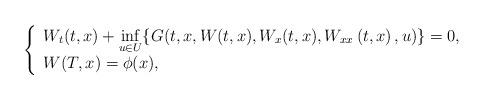
LaTeX: \begin{align*}\left\{\begin{array}[c]{l}W_{t}(t,x)+\inf\limits_{u\in U}\{G(t,x,W(t,x),W_{x}(t,x),W_{xx}\left(t,x\right) ,u)\}=0,\\W(T,x)=\phi(x),\end{array}\right. \end{align*}